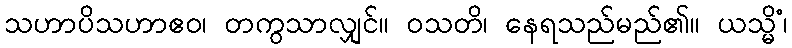
သဟာပိသဟာဧဝ၊ တကွသာလျှင်။ ဝသတိ၊ နေရသည်မည်၏။ ယသ္မိံ၊